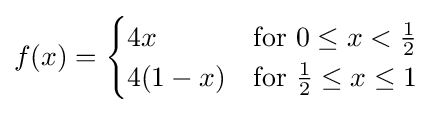
f(x)={\begin{cases}4x&{\text{for }}0\leq x<{\frac {1}{2}}\\4(1-x)&{\text{for }}{\frac {1}{2}}\leq x\leq 1\end{cases}}